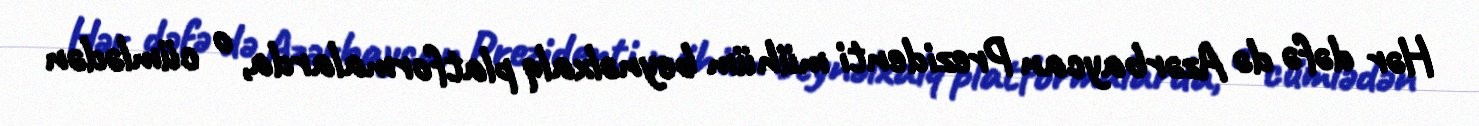
Hər dəfə də Azərbaycan Prezidenti mühüm beynəlxalq platformalarda, o cümlədən